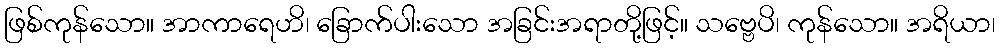
ဖြစ်ကုန်သော။ အာကာရေဟိ၊ ခြောက်ပါးသော အခြင်းအရာတို့ဖြင့်။ သဗ္ဗေပိ၊ ကုန်သော။ အရိယာ၊